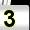
Digit: 3